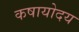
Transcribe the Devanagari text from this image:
कषायोदय